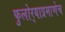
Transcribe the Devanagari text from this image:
फुलोर्‍याप्रमाणेच